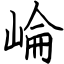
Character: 崘